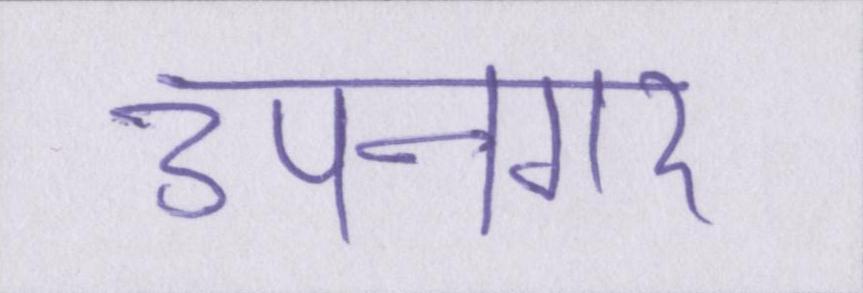
उपनगर